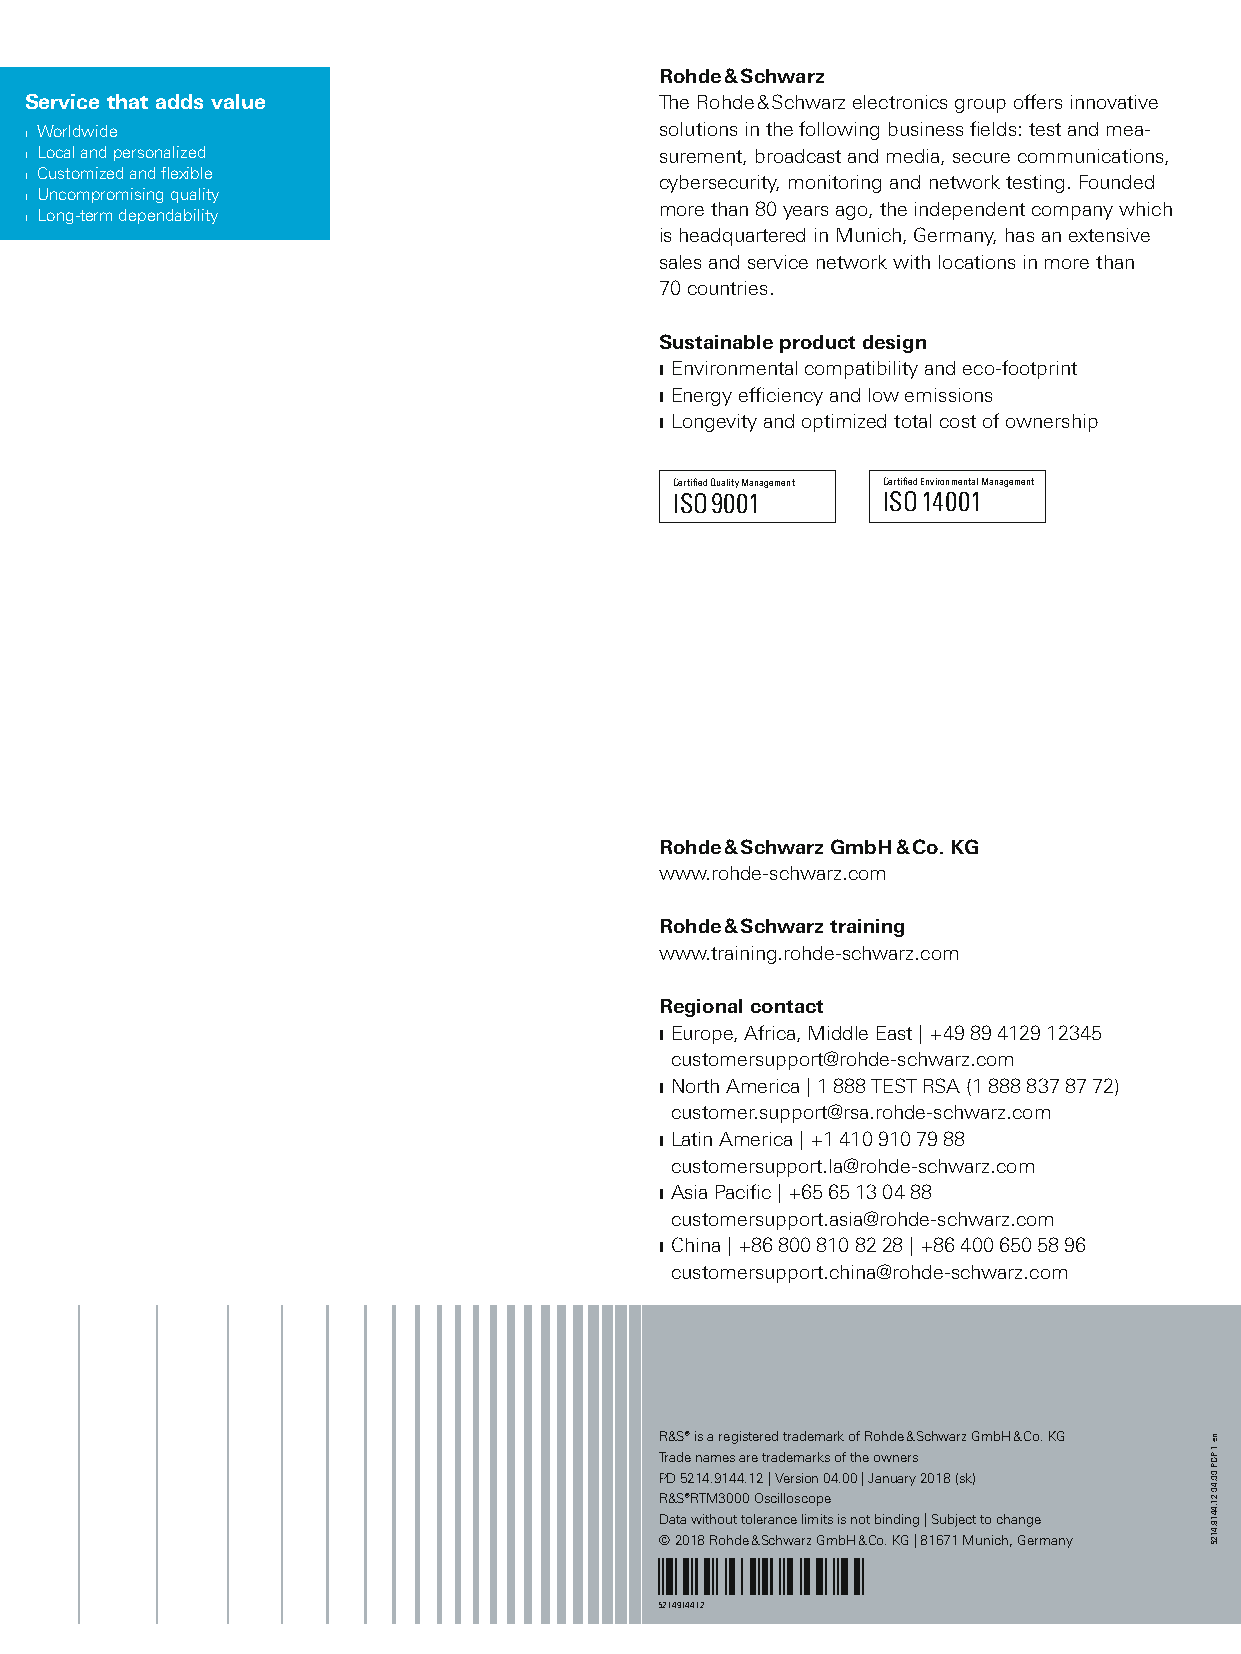
Rohde & Schwarz
 Service that adds value                   The Rohde & Schwarz electronics group offers innovative
 ❙ Worldwide                               solutions in the following business fields: test and mea-
 ❙ Local and personalized                  surement, broadcast and media, secure communications,
 ❙ Customized and flexible                 cybersecurity, monitoring and network testing. Founded
 ❙ Uncom promising quality
 more than 80 years ago, the independent company which
 ❙ Lon g-term dependability
 is headquartered in Munich, Germany, has an extensive
 sales and service network with locations in more than
 70 countries.
 Sustainable product design
 ❙ Environmental compatibility and eco-footprint
 ❙ Energy efficiency and low emissions
 ❙ Longevity and optimized total cost of ownership
 Certified Quality Management Certified Environmental Management
 ISO 9001     ISO 14001
 Rohde & Schwarz GmbH & Co. KG
 www.rohde-schwarz.com
 Rohde & Schwarz training
 www.training.rohde-schwarz.com
 Regional contact
 ❙ Europe, Africa, Middle East | +49 89 4129 12345
 customersupport@rohde-schwarz.com
 ❙ North America | 1 888 TEST RSA (1 888 837 87 72)
 customer.support@rsa.rohde-schwarz.com
 ❙ Latin America | +1 410 910 79 88
 customersupport.la@rohde-schwarz.com
 ❙ Asia Pacific | +65 65 13 04 88
 customersupport.asia@rohde-schwarz.com
 ❙ China | +86 800 810 82 28 | +86 400 650 58 96
 customersupport.china@rohde-schwarz.com
 R&S® is a registered trademark of Rohde & Schwarz GmbH & Co. KG
 Trade names are trademarks of the owners
 PD 5214.9144.12 | Version 04.00 | January 2018 (sk)
 R&S®RTM3000 Oscilloscope
 Data without tolerance limits is not binding | Subject to change
 © 2018 Rohde & Schwarz GmbH & Co. KG | 81671 Munich, Germany
 5214914412
 RTM3000_bro_en_5214-9144-12_v0400.indd 22                               11.01.2018 09:01:35
 ne
 1
 PDP
 00.40
 21.4419.4125